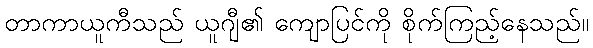
တာကာယူကီသည် ယူဂျီ၏ ကျောပြင်ကို စိုက်ကြည့်နေသည်။